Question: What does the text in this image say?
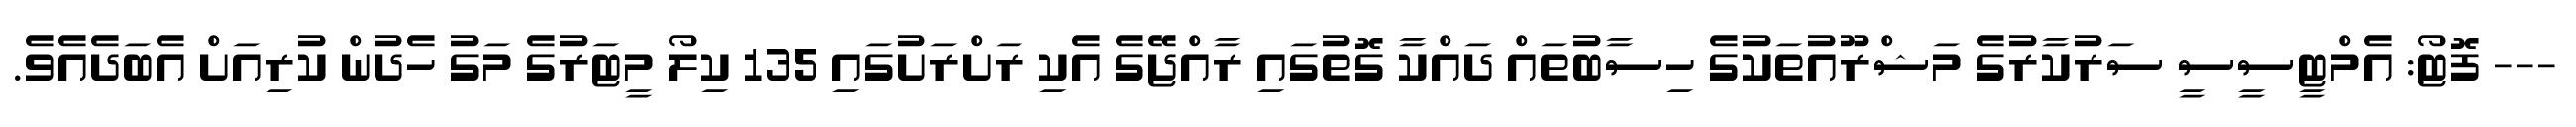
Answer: --- ފޮޓޯ: އެމްޓީސީސީ ސަރުކާރުގެ މަޝްރޫއުތަކުގެ ހިސާބުތައް ދައްކާ ގޮތުގައި ރާއްޖޭގެ އެކި ރަށްރަށުގައި 135 ކިލޯ މީޓަރުގެ މަގު ހެދުން ކުރިއަށް އެބަދެއެވެ.